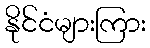
နိုင်ငံများကြား